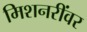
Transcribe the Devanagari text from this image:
मिशनरींवर